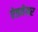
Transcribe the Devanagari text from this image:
ऐडवेयर